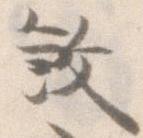
殺